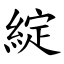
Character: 綻